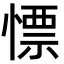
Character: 慓